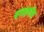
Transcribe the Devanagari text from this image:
बगलगीर